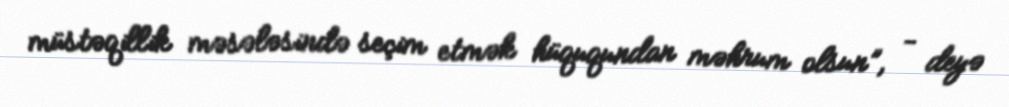
müstəqillik məsələsində seçim etmək hüququndan məhrum olsun”, - deyə